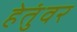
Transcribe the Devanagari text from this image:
हेतुंवर